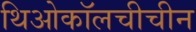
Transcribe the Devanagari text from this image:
थिओकॉलचीचीन